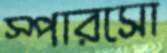
স্পারসো